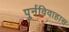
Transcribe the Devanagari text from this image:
पुर्नविवाहास